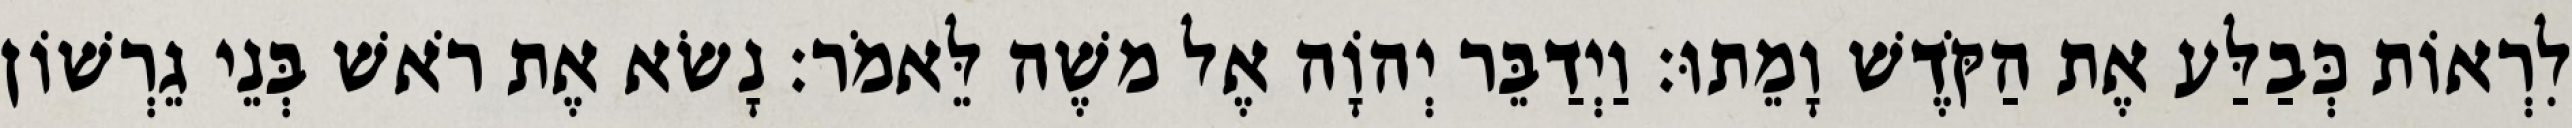
לִרְאוֹת כְּבַלַּע אֶת הַקֹּדֶשׁ וָמֵתוּ׃ וַיְדַבֵּר יְהוָֹה אֶל משֶׁה לֵּאמֹר׃ נָשׂא אֶת רֹאשׁ בְּנֵי גֵרְשׁוֹן